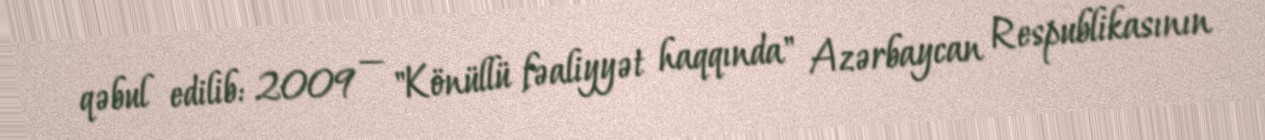
qəbul edilib: 2009 — "Könüllü fəaliyyət haqqında" Azərbaycan Respublikasının